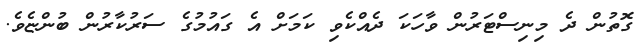
ގޮތުން ދެ މިނިސްޓަރުން ވާހަކަ ދެއްކެވި ކަމަށް އެ ގައުމުގެ ސަރުކާރުން ބުންޏެވެ.